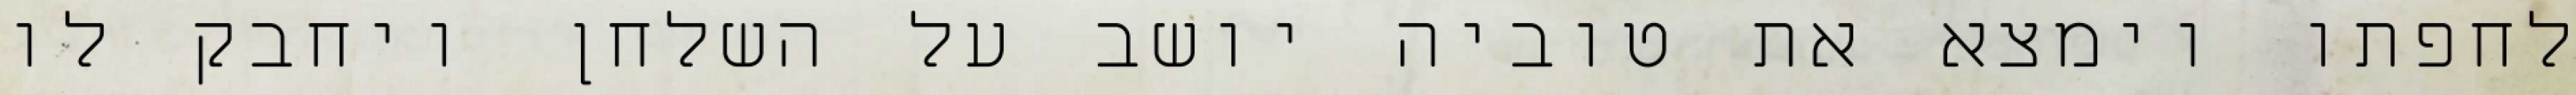
לחפתו וימצא את טוביה יושב על השלחן ויחבק לו